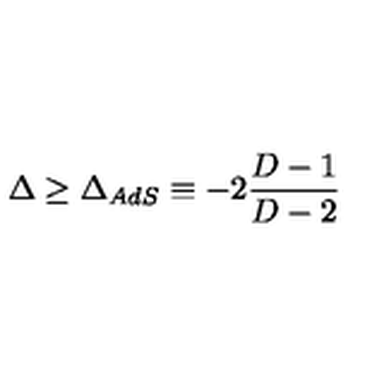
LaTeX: \Delta \geq \Delta _ { A d S } \equiv - 2 \frac { D - 1 } { D - 2 }